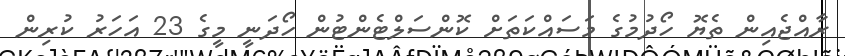
ރާއްޖެއިން ތެޔޮ ހޯދުމުގެ މަސައްކަތަށް ކޮންސަލްޓެންޓުން ހޯދަނީ މީގެ 23 އަހަރު ކުރިން